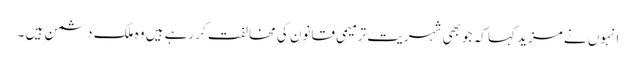
انہوں نے مزید کہا کہ جو بھی شہریت ترمیمی قانون کی مخالفت کر رہے ہیں وہ ملک دشمن ہیں ۔